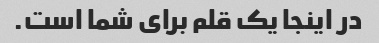
در اینجا یک قلم برای شما است.